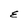
Character: E